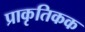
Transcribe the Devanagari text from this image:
प्राकृतिकक